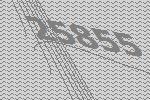
25855